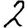
Digit: 2